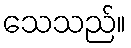
သေသည်။